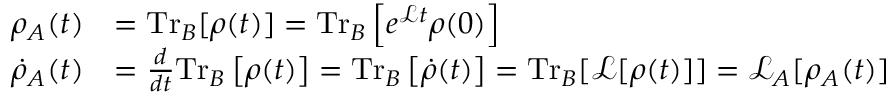
\begin{array} { r l } { \rho _ { A } ( t ) } & { = \mathrm { T r } _ { B } [ \rho ( t ) ] = \mathrm { T r } _ { B } \left[ e ^ { \mathcal { L } t } \rho ( 0 ) \right] } \\ { \dot { \rho } _ { A } ( t ) } & { = \frac { d } { d t } \mathrm { T r } _ { B } \left[ \rho ( t ) \right] = \mathrm { T r } _ { B } \left[ \dot { \rho } ( t ) \right] = \mathrm { T r } _ { B } [ \mathcal { L } [ \rho ( t ) ] ] = \mathcal { L } _ { A } [ \rho _ { A } ( t ) ] } \end{array}